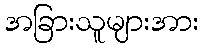
အခြားသူများအား